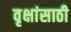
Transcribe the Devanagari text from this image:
वृक्षांसाठी